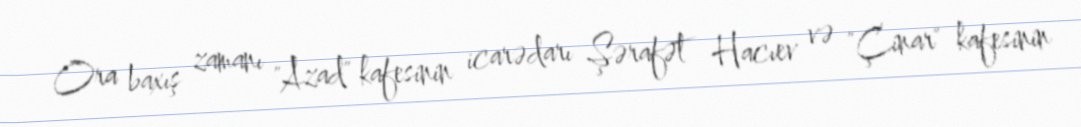
Ora baxış zamanı "Azad" kafesinin icarədarı Şərafət Hacıev və "Çinar" kafesinin